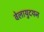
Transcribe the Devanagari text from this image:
वेलायुदयन